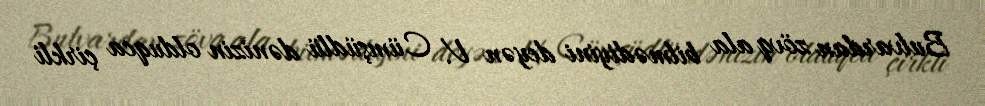
Bulvardan zövq ala bilmədiyini deyən V. Cümşüdlü dənizin olduqca çirkli